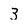
Character: 3